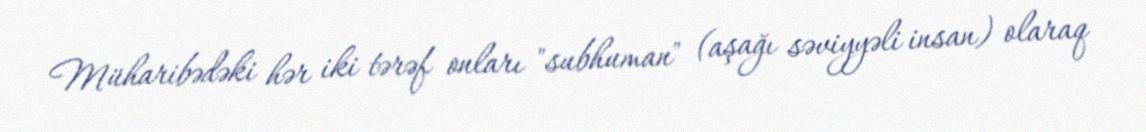
Müharibədəki hər iki tərəf onları "subhuman" (aşağı səviyyəli insan) olaraq